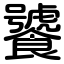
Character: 饕